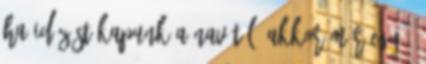
ha idézést kapunk a NAV-tól, akkor már egy .